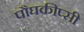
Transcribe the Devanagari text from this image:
पौघकीप्सी